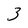
Character: 3